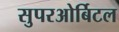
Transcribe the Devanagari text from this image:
सुपरओर्बिटल